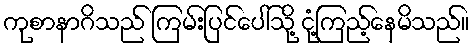
ကုစာနာဂိသည် ကြမ်းပြင်ပေါ်သို့ ငုံ့ကြည့်နေမိသည်။